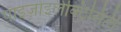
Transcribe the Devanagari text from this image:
पाइज़ोइलेक्ट्रिसिटी